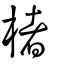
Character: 楮